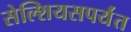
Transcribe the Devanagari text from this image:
सेल्शियसपर्यंत